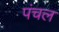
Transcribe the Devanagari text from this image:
पंचल